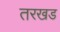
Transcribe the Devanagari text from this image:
तरखड